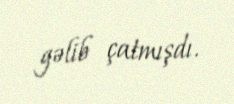
gəlib çatmışdı.